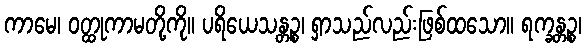
ကာမေ၊ ဝတ္ထုကာမတို့ကို။ ပရိယေသန္တဉ္စ၊ ရှာသည်လည်းဖြစ်ထသော။ ရက္ခန္တဉ္စ၊